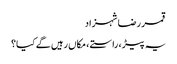
قمر رضا شہزاد
یہ پیڑ ، راستے ، مکاں رہیں گے کیا؟